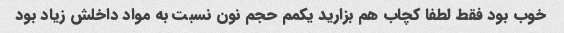
خوب بود فقط لطفا کچاب هم بزارید یکمم حجم نون نسبت به مواد داخلش زیاد بود